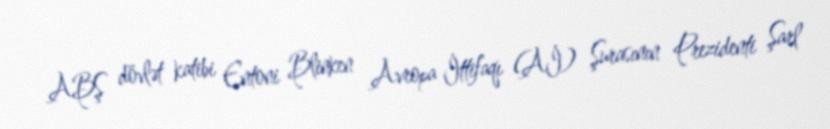
ABŞ dövlət katibi Entoni Blinken Avropa İttifaqı (Aİ) Şurasının Prezidenti Şarl